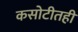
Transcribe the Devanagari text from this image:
कसोटीतही